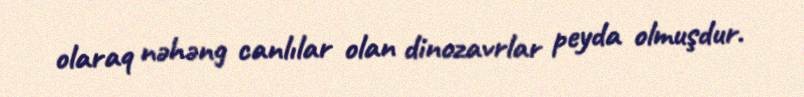
olaraq nəhəng canlılar olan dinozavrlar peyda olmuşdur.